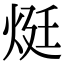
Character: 烶